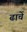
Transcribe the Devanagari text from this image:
ढाचें